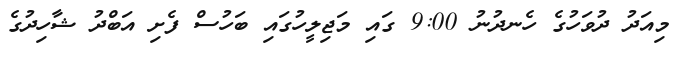
މިއަދު ދުވަހުގެ ހެނދުނު 9:00 ގައި މަޖިލީހުގައި ބަހުސް ފެށި އަބްދު ޝާހިދުގެ